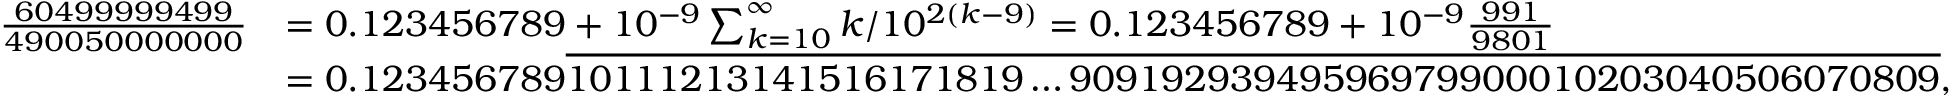
{ \begin{array} { r l } { { \frac { 6 0 4 9 9 9 9 9 4 9 9 } { 4 9 0 0 5 0 0 0 0 0 0 0 } } } & { = 0 . 1 2 3 4 5 6 7 8 9 + 1 0 ^ { - 9 } \sum _ { k = 1 0 } ^ { \infty } k / 1 0 ^ { 2 ( k - 9 ) } = 0 . 1 2 3 4 5 6 7 8 9 + 1 0 ^ { - 9 } { \frac { 9 9 1 } { 9 8 0 1 } } } \\ & { = 0 . 1 2 3 4 5 6 7 8 9 { \overline { { 1 0 1 1 1 2 1 3 1 4 1 5 1 6 1 7 1 8 1 9 \ldots 9 0 9 1 9 2 9 3 9 4 9 5 9 6 9 7 9 9 0 0 0 1 0 2 0 3 0 4 0 5 0 6 0 7 0 8 0 9 } } } , } \end{array} }